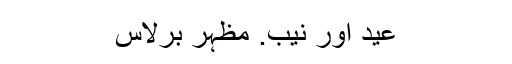
عید اور نیب. مظہر برلاس